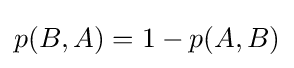
p(B,A)=1-p(A,B)